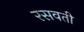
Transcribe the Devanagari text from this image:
रसवती